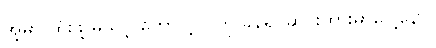
အဲ့မှာ ထိုးဖို့ မသင့် တော်တဲ့လူကို ခနရပ်ဆိုင်းထားမှာပေါ့နော်။